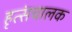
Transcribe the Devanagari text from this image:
हृत्संचालक